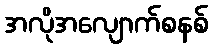
အလိုအလျောက်စနစ်